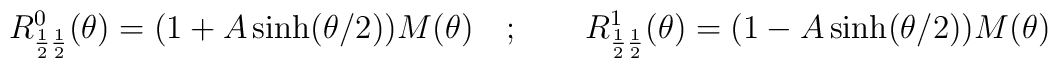
R^{0}_{\frac{1}{2}\frac{1}{2}}(\theta )=(1+A\sinh (\theta /2))M(\theta )\quad ;\qquad R^{1}_{\frac{1}{2}\frac{1}{2}}(\theta )=(1-A\sinh (\theta /2))M(\theta )